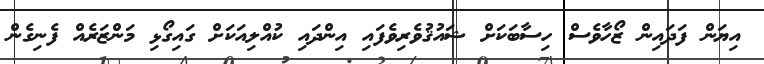
އިޔަން ފަދައިން ޒޯހާވެސް ހިސާބަކަށް ޝައުޤުވެރިވެފައި އިންދައި ކުއްލިއަކަށް ގައިގޯޅި މަންޒަރެއް ފެނިގެން